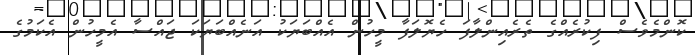
ކޮންމެވެސް ފިކުރެއްގެ ތެރެއިންލާފަ ހެޔޮލަފާ މީހުން އެއްބަޔަކު އަނެއްބަޔަކަ ޖައްސާ އެމީހުން އެކަމުގެ